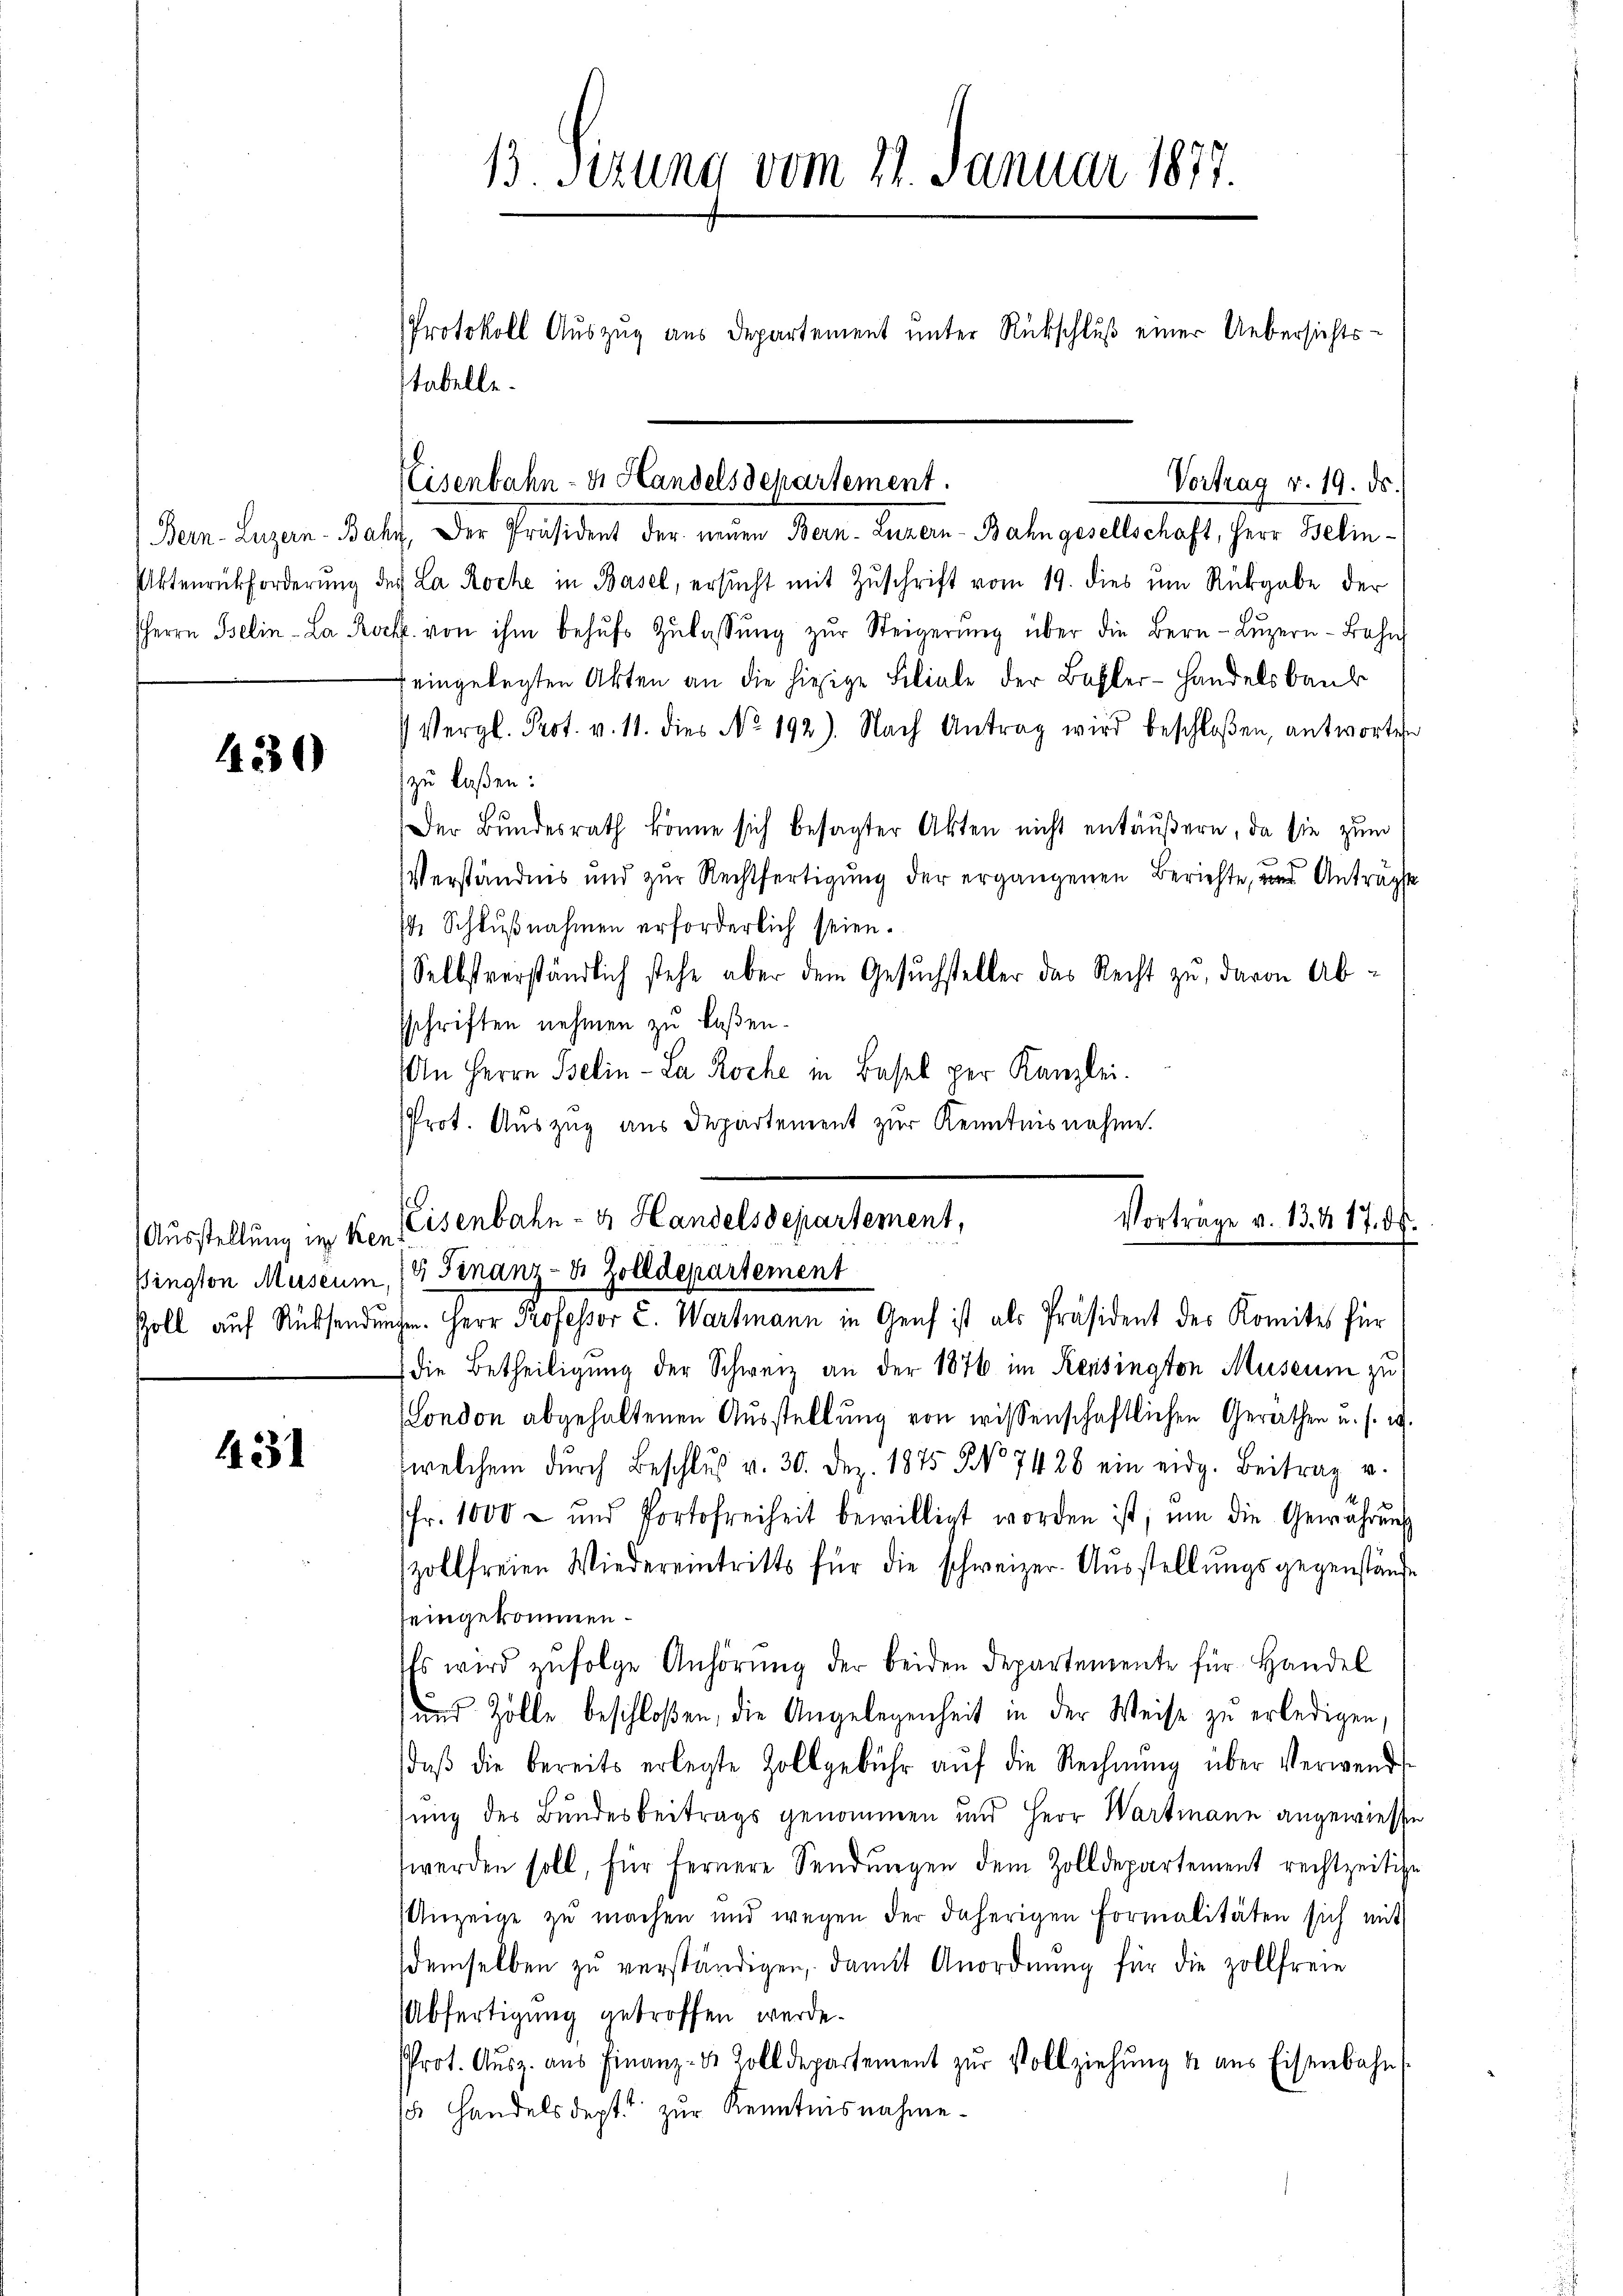
Bern- Luzern - Ba
Pktenrückforderung
HHerrn Belin-La R.

1230)

Ausstellung in Rei
Bington Museum
Zoll auf Rücksende

431

13. Sizung vom 21. Januar 1877.
Protokoll Auszug aus Departement unter Rückschluß einer Uebersichtsstabelle.

in. Der Präsident der neuen Bern- Luzern-Bahn gesellschaft, Herr Beliny La Roche in Basel, ersucht mit Zuschrift vom 19. dies um Rückgabe der
. von ihm behŭfs Zŭlassŭng zŭr Steigerŭng über die Bern-Lŭzern - Bahn
eingelegten Akten an die hiesige Filiale der Basler-Handelsbauk
Vergl. Prot. v. 11. dies No. 192). Nach Antrag wird beschloßen, antworten
zu laßen:
Der Bundesrath könne sich besagter Akten nicht entäußern, da sie zum
Verständnis und zur Rechtfertigung der ergangenen Berichte, und Antragste
st Schlußnahmen erforderlich seien.
Selbstverständlich stehe aber dem Gesuchsteller das Recht zu, davon Absschriften nehmen zu laßen.
An Herrn Iselin-La Roche in Basel per Kanzlei.
Prot. Auszug aus Departement zur Kenntnisnahme.
die Betheiligung der Schweiz an der 1876 im Reisington Museum zu
London abgehaltenen Aŭsstellŭng von wissenschaftlichen Geräthen u. s. w.
welchem dŭrch Beschlŭβ v. 30. Dez. 1875 No 7428 ein eidg. Beitrag u.
M
fr. 1000 - und Portofreiheit bewilligt worden ist, um die Gewahrŭng
zollfreien Wiedereintritts für die schweizer. Ausstellungsgegenstände
feingekommen.
Es wird zŭfolge Anhörung der beiden Departemente für Handel
und Zölle beschloßen, die Angelegenheit in der Weise zu erledigen,
daβ die bereits erlegte Zollgebühr aŭf die Rechnŭng über verwend
sung des Bundesbeitrags genommen und Herr Wartmann angewiese
werden soll, für fernere Sendungen dem Zolldepartement rechtzeitige
Anzeige zŭ machen und wegen der daherigen Formalitäten sich mit
demselben zŭ verständigen, damit Anordnung für die zollfreie
Abfertigung getroffen werde.
Prot. Aŭsz. aŭs Finanz- & Zolldepartement zŭr Vollziehŭng u aus Eisenbahn
s Handelsdept zur Kenntnisnahme¬

Eisenbahn- u. Handelsdepartement.

Vortrag v. 19. ds.

Keisenbahn- & Handelsdepartement,
Vortrage v. 13. d. 17. ds.
8 Finanz-4 Zolldepartement
ihen. Herr Professor C. Wartmann in Genf ist als Präsident des Komites für